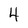
Character: 4